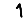
Digit: 1